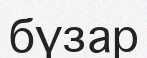
бүзар